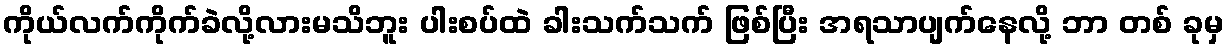
ကိုယ်လက်ကိုက်ခဲလို့လားမသိဘူး ပါးစပ်ထဲ ခါးသက်သက် ဖြစ်ပြီး အရသာပျက်နေလို့ ဘာ တစ် ခုမှ